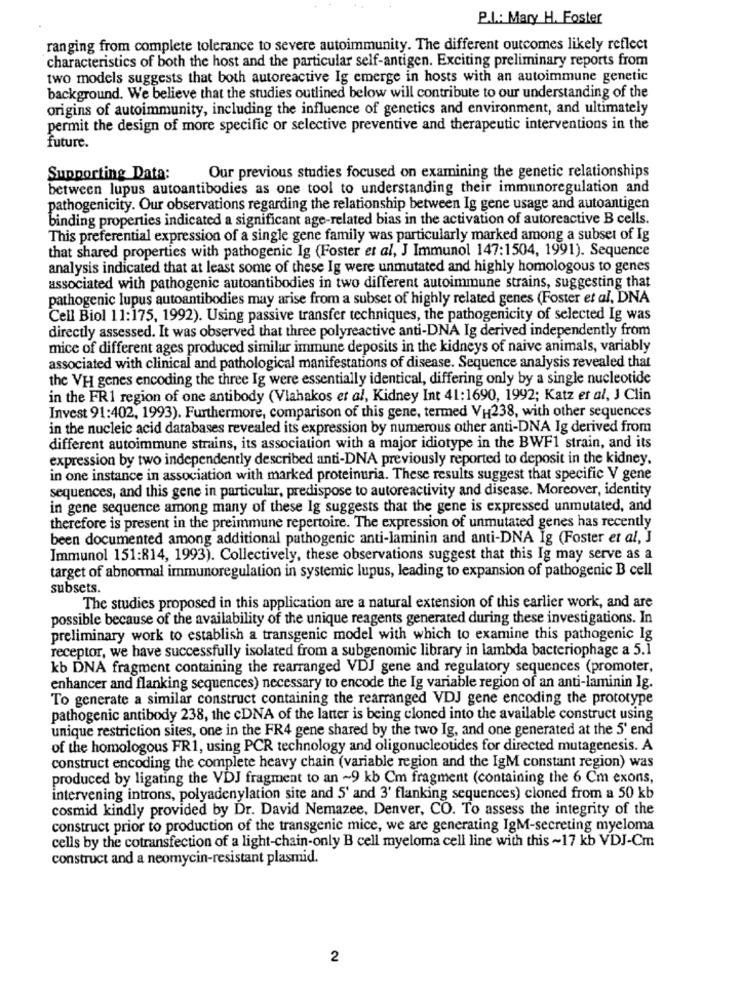
P.I .: Mary H. Foster
ranging from complete tolerance to severe autoimmunity. The different outcomes likely reflect
characteristics of both the host and the particular self-antigen. Exciting preliminary reports from
two models suggests that both autoreactive Ig emerge in hosts with an autoimmune genetic
background. We believe that the studies outlined below will contribute to our understanding of the
origins of autoimmunity, including the influence of genetics and environment, and ultimately
permit the design of more specific or selective preventive and therapeutic interventions in the
future.
Supporting Data:
Our previous studies focused on examining the genetic relationships
between lupus autoantibodies as one tool to understanding their immunoregulation and
pathogenicity. Our observations regarding the relationship between Ig gene usage and autoantigen
binding properties indicated a significant age-related bias in the activation of autoreactive B cells.
This preferential expression of a single gene family was particularly marked among a subset of Ig
that shared properties with pathogenic Ig (Foster et al, J Immunol 147:1504, 1991). Sequence
analysis indicated that at least some of these Ig were unmutated and highly homologous to genes
associated with pathogenic autoantibodies in two different autoimmune strains, suggesting that
pathogenic lupus autoantibodies may arise from a subset of highly related genes (Foster et al, DNA
Cell Biol 11:175, 1992). Using passive transfer techniques, the pathogenicity of selected Ig was
directly assessed. It was observed that three polyreactive anti-DNA Ig derived independently from
mice of different ages produced similar immune deposits in the kidneys of naive animals, variably
associated with clinical and pathological manifestations of disease. Sequence analysis revealed that
the VH genes encoding the three Ig were essentially identical, differing only by a single nucleotide
in the FR1 region of one antibody (Viahakos et al, Kidney Int 41:1690, 1992; Katz et al, J Clin
Invest 91:402, 1993). Furthermore, comparison of this gene, termed VH238, with other sequences
in the nucleic acid databases revealed its expression by numerous other anti-DNA Ig derived from
different autoimmune strains, its association with a major idiotype in the BWF1 strain, and its
expression by two independently described anti-DNA previously reported to deposit in the kidney.
in one instance in association with marked proteinuria. These results suggest that specific V gene
sequences, and this gene in particular, predispose to autoreactivity and disease. Moreover, identity
in gene sequence among many of these Ig suggests that the gene is expressed unmutated, and
therefore is present in the preimmune repertoire. The expression of unmutated genes has recently
been documented among additional pathogenic anti-laminin and anti-DNA Ig (Foster et al, J
Immunol 151:814, 1993). Collectively, these observations suggest that this Ig may serve as a
target of abnormal immunoregulation in systemic lupus, leading to expansion of pathogenic B cell
subsets.
The studies proposed in this application are a natural extension of this earlier work, and are
possible because of the availability of the unique reagents generated during these investigations. In
preliminary work to establish a transgenic model with which to examine this pathogenic Ig
receptor, we have successfully isolated from a subgenomic library in lambda bacteriophage a 5.1
kb DNA fragment containing the rearranged VDJ gene and regulatory sequences (promoter,
enhancer and flanking sequences) necessary to encode the Ig variable region of an anti-laminin Ig.
To generate a similar construct containing the rearranged VDJ gene encoding the prototype
pathogenic antibody 238, the cDNA of the latter is being cloned into the available construct using
unique restriction sites, one in the FR4 gene shared by the two Ig, and one generated at the 5' end
of the homologous FR1, using PCR technology and oligonucleotides for directed mutagenesis. A
construct encoding the complete heavy chain (variable region and the IgM constant region) was
produced by ligating the VDJ fragment to an ~9 kb Cm fragment (containing the 6 Cm exons,
intervening introns, polyadenylation site and 5' and 3' flanking sequences) cloned from a 50 kb
cosmid kindly provided by Dr. David Nemazee, Denver, CO. To assess the integrity of the
construct prior to production of the transgenic mice, we are generating IgM-secreting myeloma
cells by the cotransfection of a light-chain-only B cell myeloma cell line with this ~17 kb VDJ-Cm
construct and a neomycin-resistant plasmid.
2